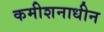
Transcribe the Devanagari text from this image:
कमीशनाधीन